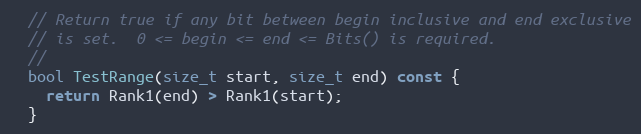
Language: C
  // Return true if any bit between begin inclusive and end exclusive
  // is set.  0 <= begin <= end <= Bits() is required.
  //
  bool TestRange(size_t start, size_t end) const {
    return Rank1(end) > Rank1(start);
  }